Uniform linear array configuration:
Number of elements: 48
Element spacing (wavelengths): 1
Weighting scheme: hann
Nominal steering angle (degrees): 30
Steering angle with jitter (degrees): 30.04
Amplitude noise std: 0.05
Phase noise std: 0.05

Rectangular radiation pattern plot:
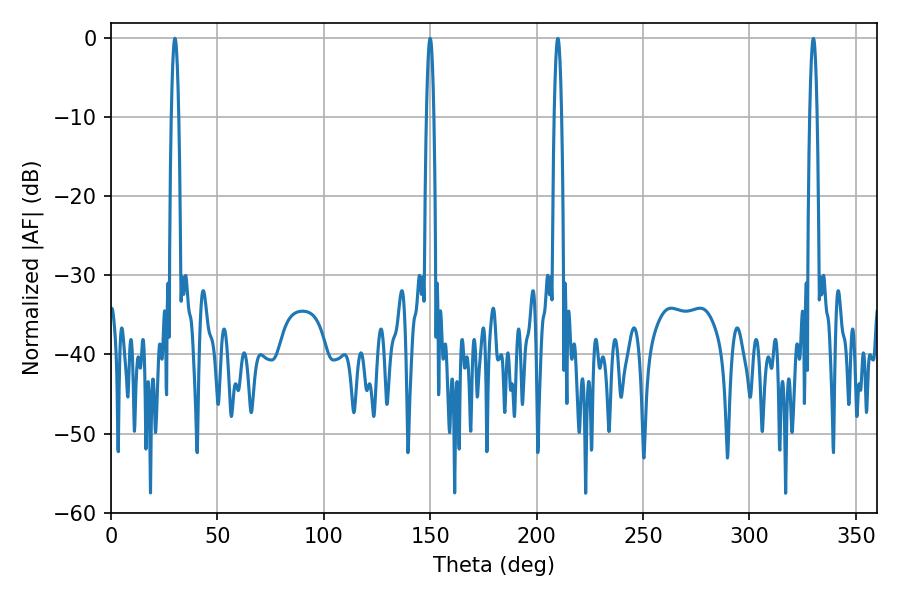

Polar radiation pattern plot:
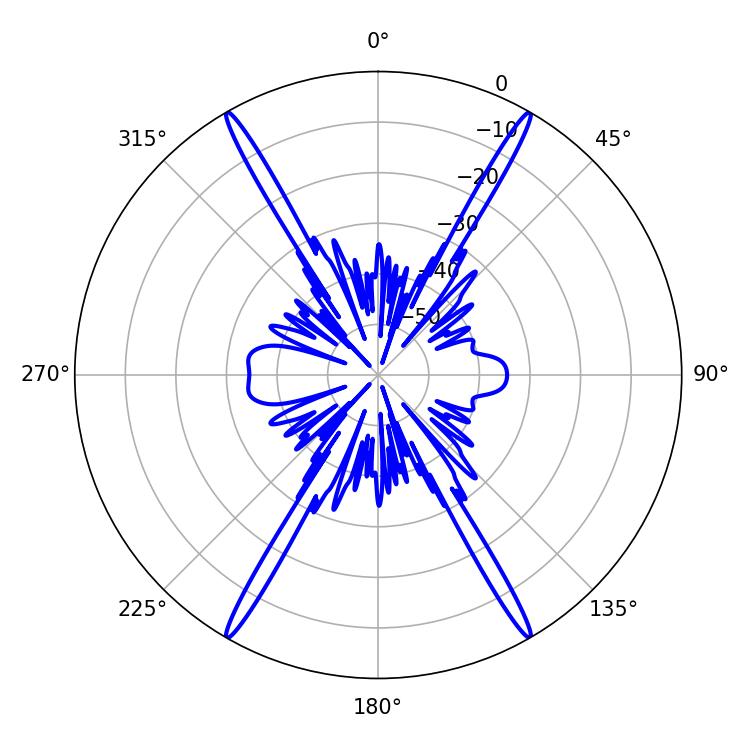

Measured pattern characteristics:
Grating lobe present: TRUE
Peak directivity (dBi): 42.636
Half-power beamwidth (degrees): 1.8
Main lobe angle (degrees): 30.06